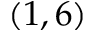
( 1 , 6 )